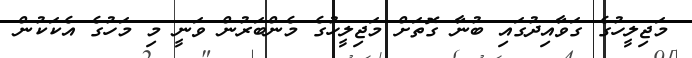
މަޖިލީހުގެ ގަވާއިދުގައި ބުނާ ގޮތަށް މަޖިލީހުގެ މެންބަރުން ވަނީ މި މަހުގެ އެކަކުން